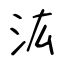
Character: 汯